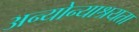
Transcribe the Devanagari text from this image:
अन्योन्याश्रयता